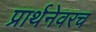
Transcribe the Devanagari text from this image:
प्रार्थनेवरच